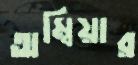
অম্বিয়ার